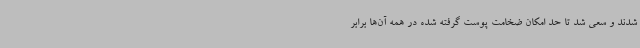
شدند و سعی شد تا حد امکان ضخامت پوست گرفته شده در همه آن‌ها برابر